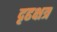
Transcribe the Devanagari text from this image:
दृढक्षत्र